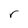
Character: r